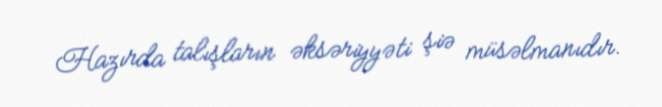
Hazırda talışların əksəriyyəti şiə müsəlmanıdır.